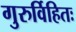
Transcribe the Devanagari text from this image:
गुरुर्विहितः